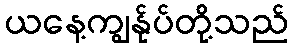
ယနေ့ကျွန်ုပ်တို့သည်